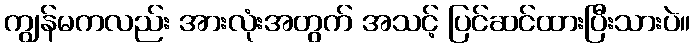
ကျွန်မကလည်း အားလုံးအတွက် အသင့် ပြင်ဆင်ထားပြီးသားပဲ။